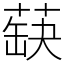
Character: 蒛